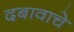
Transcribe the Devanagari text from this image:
दबावाचे